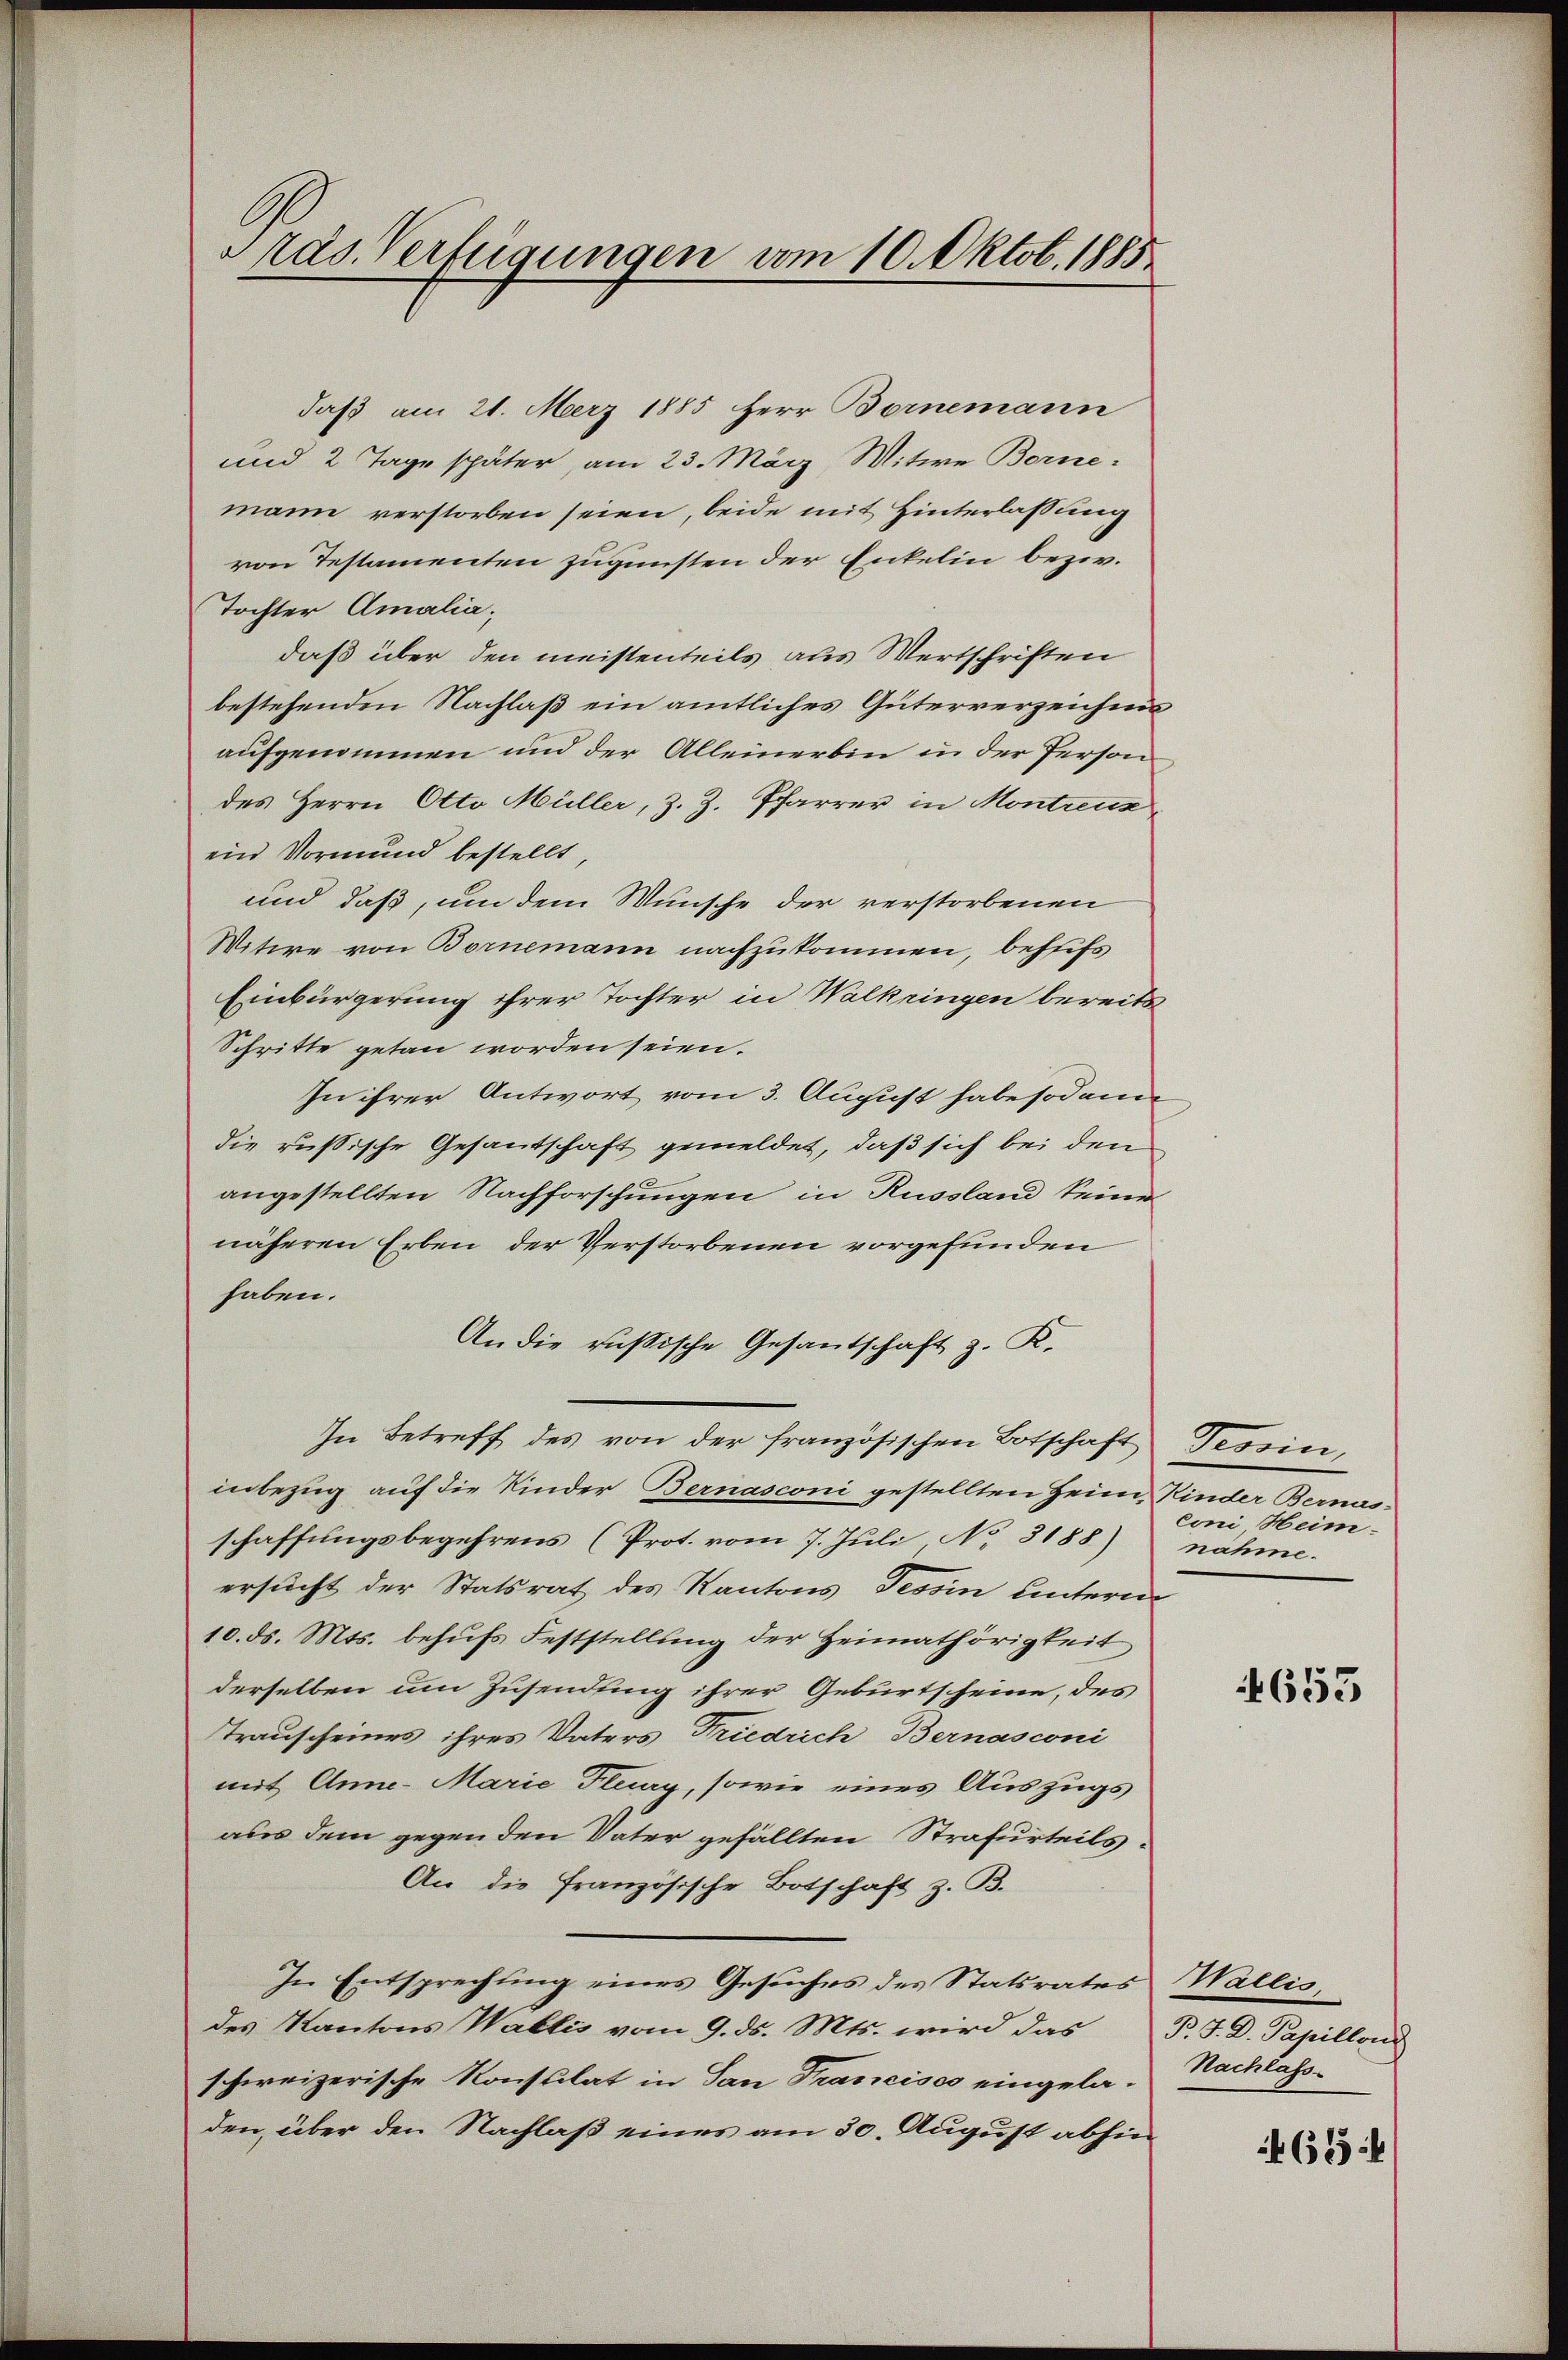
Pras. Verfügungen vom 10. Oktob. 1885.

daß am 21. Merz 1885 Herr Bornemann
und 2 Tage später, am 23. März Witwe Borne
mann verstorben seien, beide mit Hinterlassung
von Testamenten zugunsten der Enkelin bezw.
Tochter Amalia,
daß über den meistenteils aus Wertschriften
bestehenden Nachlaß ein amtliches Güterverzeichnis
aufgenommen und der Alleinerbin in der Person
des Herrn Otto Müller, z. Z. Pfarrer in Montreuz
ein Vormund bestellt,
und daß, um dem Wunsche der verstorbenen
Witwe von Bornemann nachzukommen, behufs
Einbürgerung ihrer Tochter in Walkringen bereits
Schritte getan worden seien.
In ihrer Antwort vom 3. August habe sodann
die rußische Gesantschaft gemeldet, daß sich bei den
angestellten Nachforschungen in Russland seine
näheren Erben der Verstorbenen vorgefunden
haben.
An die Rußische Gesantschaft z. K.
In Betreff des von der französischen Botschaft Tessin,
inbezug auf die Kinder Bernasconi gestellten Heim Kinder Bernas-
schaffungsbegehrens (Prot. vom 7. Juli No 3188) nähme-
ersucht der Statsrat des Kantons Tessin untern
10. ds. Mts. behufs Feststellung der Heimathörigkeit
derselben um Zusendung ihrer Geburtscheine, des
Trauscheines ihres Vaters Friedrich Bernasconi
mit Anne-Marie Flury, sowie eines Auszugs
aus dem gegen den Vater gefällten Strafurteils¬
An die Französische Botschaft z. B.
In Entsprechung eines Gesuches des Statsrates Wallis,
des Kantons Wallis vom 9. ds. Mts. wird das P. J. D. Papilland
schweizerische Konsulat in San Francisco eingeladen, über den Nachlaß eines am 30. August abhin

coni, Heim.

653

Nachlass

463 f